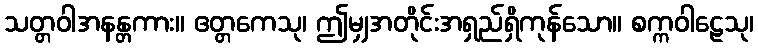
သတ္တဝါအနန္တကား။ ဧတ္တကေသု၊ ဤမျှအတိုင်းအရှည်ရှိကုန်သော။ စက္ကဝါဠေသု၊